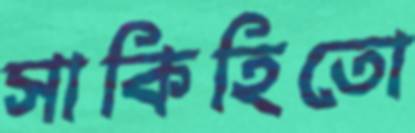
সাকিহিতো